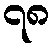
၇၈